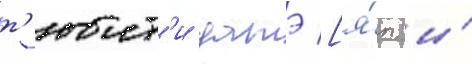
т'юит'и датэ [я́п. и́